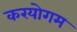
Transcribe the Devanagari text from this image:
करयोगम